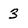
Character: 3